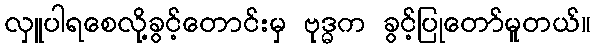
လှူပါရစေလို့ခွင့်တောင်းမှ ဗုဒ္ဓက ခွင့်ပြုတော်မူတယ်။